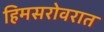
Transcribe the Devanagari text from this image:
हिमसरोवरात